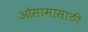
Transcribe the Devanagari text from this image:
ओसामासाठी